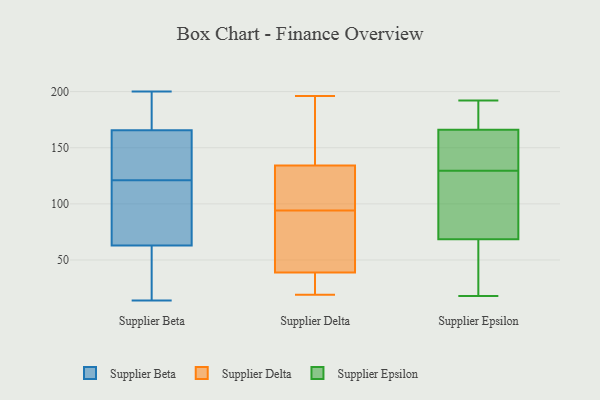
{"axis": {"x": "Shipments", "y": "Value"}, "legend": ["Supplier Beta", "Supplier Delta", "Supplier Epsilon"], "data": [{"x": "", "y": 61, "type": "Supplier Beta"}, {"x": "", "y": 65, "type": "Supplier Beta"}, {"x": "", "y": 149, "type": "Supplier Beta"}, {"x": "", "y": 113, "type": "Supplier Beta"}, {"x": "", "y": 198, "type": "Supplier Beta"}, {"x": "", "y": 181, "type": "Supplier Beta"}, {"x": "", "y": 104, "type": "Supplier Beta"}, {"x": "", "y": 14, "type": "Supplier Beta"}, {"x": "", "y": 139, "type": "Supplier Beta"}, {"x": "", "y": 42, "type": "Supplier Beta"}, {"x": "", "y": 15, "type": "Supplier Beta"}, {"x": "", "y": 129, "type": "Supplier Beta"}, {"x": "", "y": 94, "type": "Supplier Beta"}, {"x": "", "y": 200, "type": "Supplier Beta"}, {"x": "", "y": 162, "type": "Supplier Beta"}, {"x": "", "y": 169, "type": "Supplier Beta"}, {"x": "", "y": 40, "type": "Supplier Delta"}, {"x": "", "y": 124, "type": "Supplier Delta"}, {"x": "", "y": 76, "type": "Supplier Delta"}, {"x": "", "y": 35, "type": "Supplier Delta"}, {"x": "", "y": 144, "type": "Supplier Delta"}, {"x": "", "y": 21, "type": "Supplier Delta"}, {"x": "", "y": 131, "type": "Supplier Delta"}, {"x": "", "y": 156, "type": "Supplier Delta"}, {"x": "", "y": 196, "type": "Supplier Delta"}, {"x": "", "y": 19, "type": "Supplier Delta"}, {"x": "", "y": 113, "type": "Supplier Delta"}, {"x": "", "y": 94, "type": "Supplier Delta"}, {"x": "", "y": 48, "type": "Supplier Delta"}, {"x": "", "y": 101, "type": "Supplier Epsilon"}, {"x": "", "y": 25, "type": "Supplier Epsilon"}, {"x": "", "y": 159, "type": "Supplier Epsilon"}, {"x": "", "y": 173, "type": "Supplier Epsilon"}, {"x": "", "y": 111, "type": "Supplier Epsilon"}, {"x": "", "y": 136, "type": "Supplier Epsilon"}, {"x": "", "y": 51, "type": "Supplier Epsilon"}, {"x": "", "y": 185, "type": "Supplier Epsilon"}, {"x": "", "y": 35, "type": "Supplier Epsilon"}, {"x": "", "y": 144, "type": "Supplier Epsilon"}, {"x": "", "y": 184, "type": "Supplier Epsilon"}, {"x": "", "y": 157, "type": "Supplier Epsilon"}, {"x": "", "y": 114, "type": "Supplier Epsilon"}, {"x": "", "y": 86, "type": "Supplier Epsilon"}, {"x": "", "y": 32, "type": "Supplier Epsilon"}, {"x": "", "y": 192, "type": "Supplier Epsilon"}, {"x": "", "y": 181, "type": "Supplier Epsilon"}, {"x": "", "y": 18, "type": "Supplier Epsilon"}, {"x": "", "y": 135, "type": "Supplier Epsilon"}, {"x": "", "y": 124, "type": "Supplier Epsilon"}]}